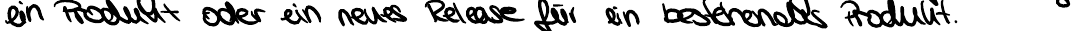
ein Produkt oder ein neues Release für ein bestehendes Produkt